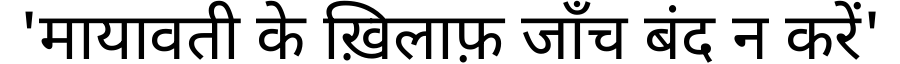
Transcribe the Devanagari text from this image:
'मायावती के ख़िलाफ़ जाँच बंद न करें'